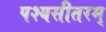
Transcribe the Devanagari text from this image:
पश्यसीतरम्